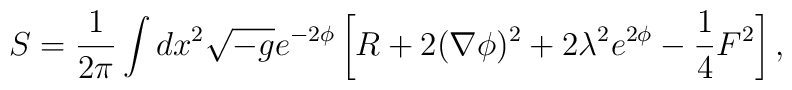
S = \frac{1}{2\pi}\int dx^2 \sqrt{-g}e^{-2\phi}\left[R +  2(\nabla \phi)^2 + 2\lambda^2 e^{2\phi} - \frac{1}{4}F^2\right],